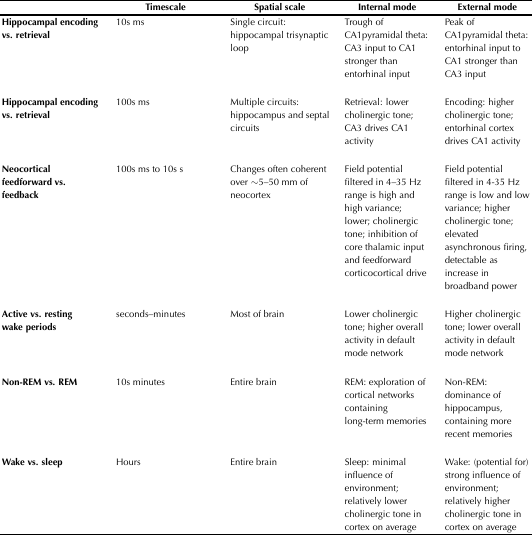
|  | Timescale | Spatial scale | Internal mode | External mode |
 | --- | --- | --- | --- | --- |
 | Hippocampal encoding vs. retrieval | 10s ms | Single circuit: hippocampal trisynaptic loop | Trough of CA1pyramidal theta: CA3 input to CA1 stronger than entorhinal input | Peak of CA1pyramidal theta: entorhinal input to CA1 stronger than CA3 input |
 | Hippocampal encoding vs. retrieval | 100s ms | Multiple circuits: hippocampus and septal circuits | Retrieval: lower cholinergic tone; CA3 drives CA1 activity | Encoding: higher cholinergic tone; entorhinal cortex drives CA1 activity |
 | Neocortical feedforward vs. feedback | 100s ms to 10s s | Changes often coherent over ∼5–50 mm of neocortex | Field potential filtered in 4–35 Hz range is high and high variance; lower; cholinergic tone; inhibition of core thalamic input and feedforward corticocortical drive | Field potential filtered in 4-35 Hz range is low and low variance; higher cholinergic tone; elevated asynchronous firing, detectable as increase in broadband power |
 | Active vs. resting wake periods | seconds–minutes | Most of brain | Lower cholinergic tone; higher overall activity in default mode network | Higher cholinergic tone; lower overall activity in default mode network |
 | Non-REM vs. REM | 10s minutes | Entire brain | REM: exploration of cortical networks containing long-term memories | Non-REM: dominance of hippocampus, containing more recent memories |
 | Wake vs. sleep | Hours | Entire brain | Sleep: minimal influence of environment; relatively lower cholinergic tone in cortex on average | Wake: (potential for) strong influence of environment; relatively higher cholinergic tone in cortex on average |